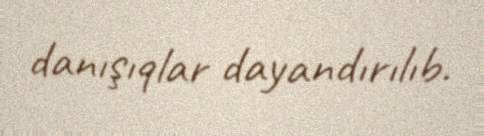
danışıqlar dayandırılıb.